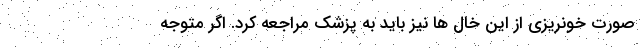
صورت خونریزی از این خال ها نیز باید به پزشک مراجعه کرد. اگر متوجه